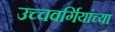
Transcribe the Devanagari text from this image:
उच्चवर्गियांच्या